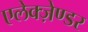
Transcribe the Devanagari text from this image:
एलेक्ज़ेण्डर